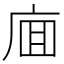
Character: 𰏸